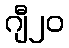
ဂျီ၂၀